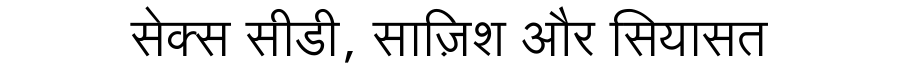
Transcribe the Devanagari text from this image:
सेक्स सीडी, साज़िश और सियासत